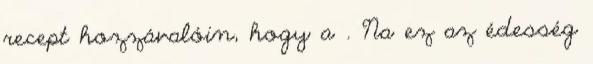
recept hozzávalóin, hogy a . Na ez az édesség